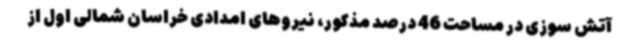
آتش سوزی در مساحت 46 درصد مذکور، نیروهای امدادی خراسان شمالی اول از